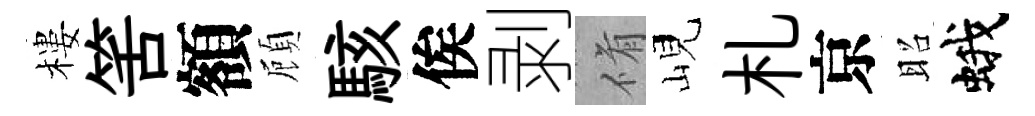
樓筈額頋駭俟剥脩峴札京昭蛾